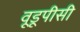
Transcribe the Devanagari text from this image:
वूडूपीसी